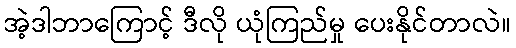
အဲ့ဒါဘာကြောင့် ဒီလို ယုံကြည်မှု ပေးနိုင်တာလဲ။